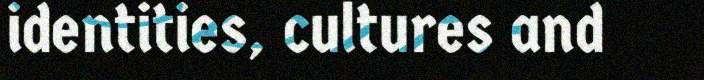
identities, cultures and